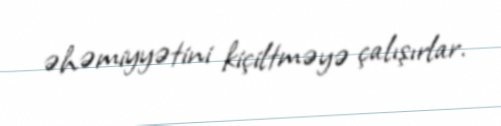
əhəmiyyətini kiçiltməyə çalışırlar.